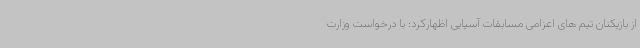
از بازیکنان تیم های اعزامی مسابقات آسیایی اظهارکرد: با درخواست وزارت